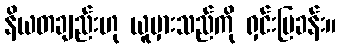
နိယတချည်းဟု ယူမှားသည်ကို ရှင်းပြခန်း။